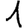
Digit: 1